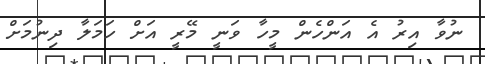
ނުވާ އިރު އެ އަންހެން މީހާ ވަނީ މޭރީ އަށް ހަމަލާ ދިނުމަށް